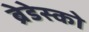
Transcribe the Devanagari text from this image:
ब्रेडेस्को